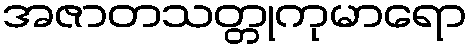
အဇာတသတ္တုကုမာရော